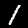
Label: 1